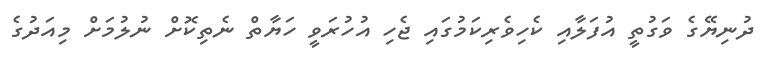
ދުނިޔޭގެ ވަގުތީ އުފަލާއި ކެހިވެެރިކަމުގައި ޖެހި އުހުރަވީ ހަޔާތް ނެތިކޮށް ނުލުމަށް މިއަދުގެ